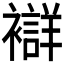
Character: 𧞆